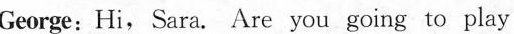
George:Hi,Sara. Are you going to play